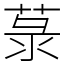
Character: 菉